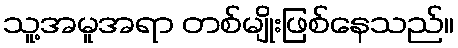
သူ့အမူအရာ တစ်မျိုးဖြစ်နေသည်။